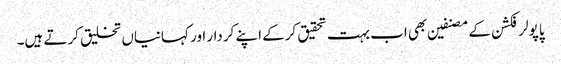
پاپولر فکشن کے مصنفین بھی اب بہت تحقیق کرکے اپنے کردار اور کہانیاں تخلیق کرتے ہیں۔